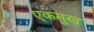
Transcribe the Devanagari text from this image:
एकमुख